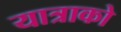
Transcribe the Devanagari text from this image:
यात्राको